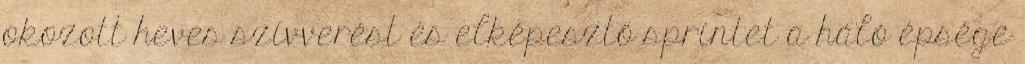
okozott heves szívverést és elképesztő sprintet a háló épsége